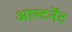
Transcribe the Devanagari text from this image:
आल्टर्नेंट